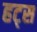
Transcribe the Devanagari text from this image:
हट्स